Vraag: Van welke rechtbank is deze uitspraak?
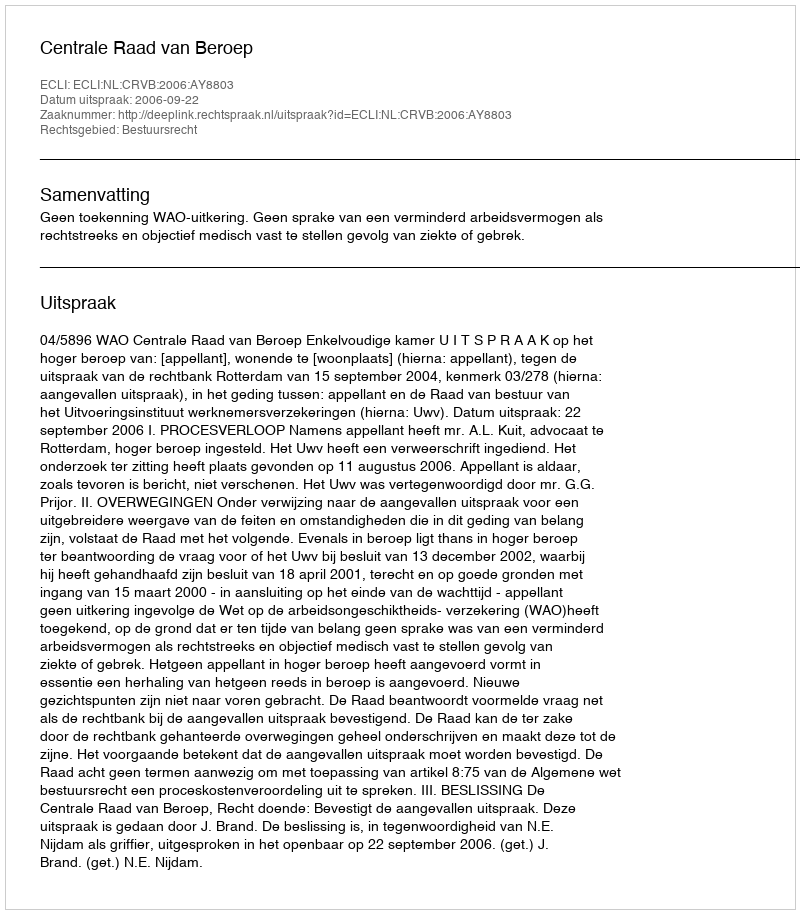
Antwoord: Centrale Raad van Beroep